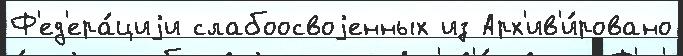
Ф'ед'ера́циjи слабоосвоjенных из Арх'ив'и́ровано